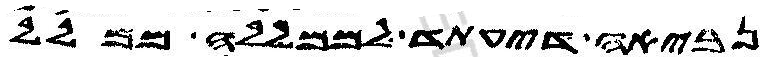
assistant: נביאה דיעתד לממללה ממלל